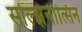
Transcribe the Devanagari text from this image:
सोल्झेनीत्सिन